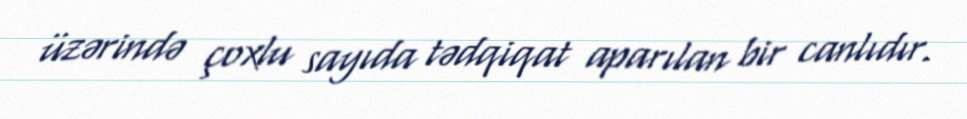
üzərində çoxlu sayıda tədqiqat aparılan bir canlıdır.